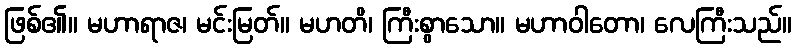
ဖြစ်၏။ မဟာရာဇ၊ မင်းမြတ်။ မဟတိ၊ ကြီးစွာသော။ မဟာဝါတော၊ လေကြီးသည်။